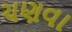
ચણવા